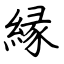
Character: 縁